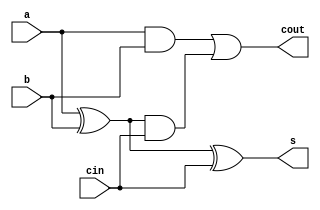
// nonblocking assignments (not recommended)
module fulladder(input      a, b, cin, 
                 output reg s, cout);

  reg p, g;

  always @(*) 
    begin
      p <= a ^ b; 		// nonblocking
      g <= a & b; 		// nonblocking

      s <= p ^ cin;		// nonblocking
      cout <= g | (p & cin);	// nonblocking
    end
endmodule